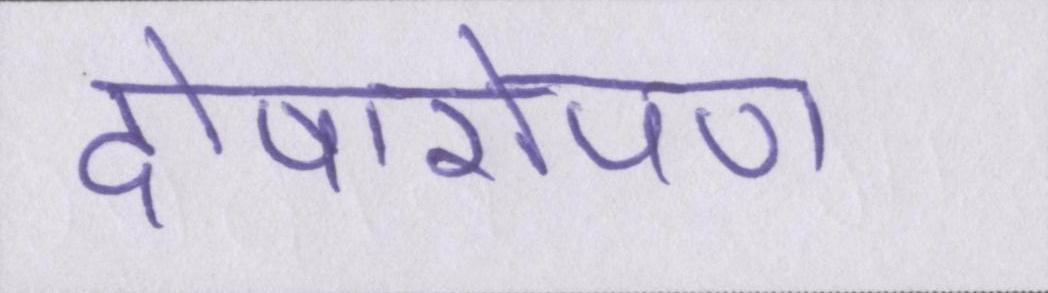
दोषारोपण